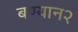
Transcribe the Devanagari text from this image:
बण्यान२